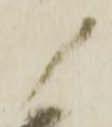
ノ